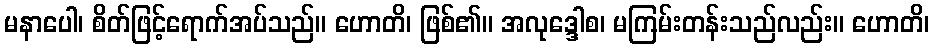
မနာပေါ၊ စိတ်ဖြင့်ရောက်အပ်သည်။ ဟောတိ၊ ဖြစ်၏။ အလုဒ္ဒေါစ၊ မကြမ်းတန်းသည်လည်း။ ဟောတိ၊